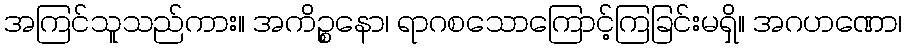
အကြင်သူသည်ကား။ အကိဉ္စနော၊ ရာဂစသောကြောင့်ကြခြင်းမရှိ။ အဂဟဏော၊